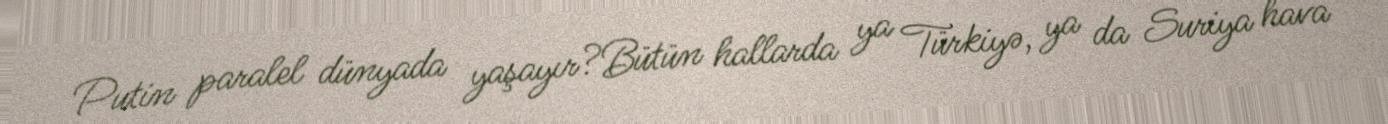
Putin paralel dünyada yaşayır?Bütün hallarda ya Türkiyə, ya da Suriya hava